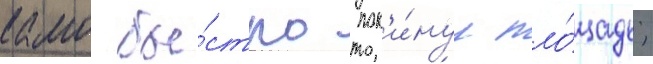
камо бы́стро пок'и́нул пло́щадь;